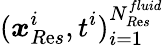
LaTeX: (\boldsymbol{\mathit{x}}_{R\mathrm{e}s}^{i},t^{i})_{i=1}^{N_{R\mathrm{e}s}^{fluid}}